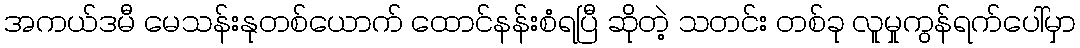
အကယ်ဒမီ မေသန်းနုတစ်ယောက် ထောင်နန်းစံရပြီ ဆိုတဲ့ သတင်း တစ်ခု လူမှုကွန်ရက်ပေါ်မှာ